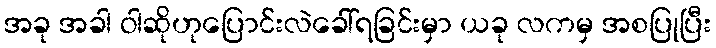
အခု အခါ ဝါဆိုဟုပြောင်းလဲခေါ်ရခြင်းမှာ ယခု လကမှ အစပြုပြီး